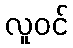
လူဝင်